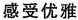
感受优雅